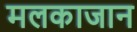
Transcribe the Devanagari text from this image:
मलकाजान